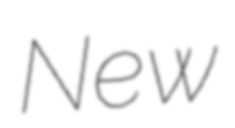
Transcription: New